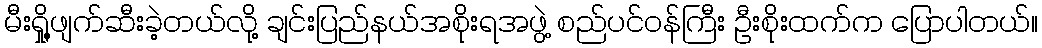
မီးရှို့ဖျက်ဆီးခဲ့တယ်လို့ ချင်းပြည်နယ်အစိုးရအဖွဲ့ စည်ပင်ဝန်ကြီး ဦးစိုးထက်က ပြောပါတယ်။